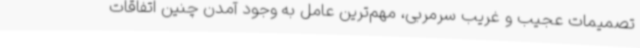
تصمیمات عجیب‌ و غریب سرمربی، مهم‌ترین عامل به‌ وجود آمدن چنین اتفاقات